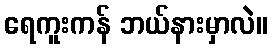
ရေကူးကန် ဘယ်နားမှာလဲ။